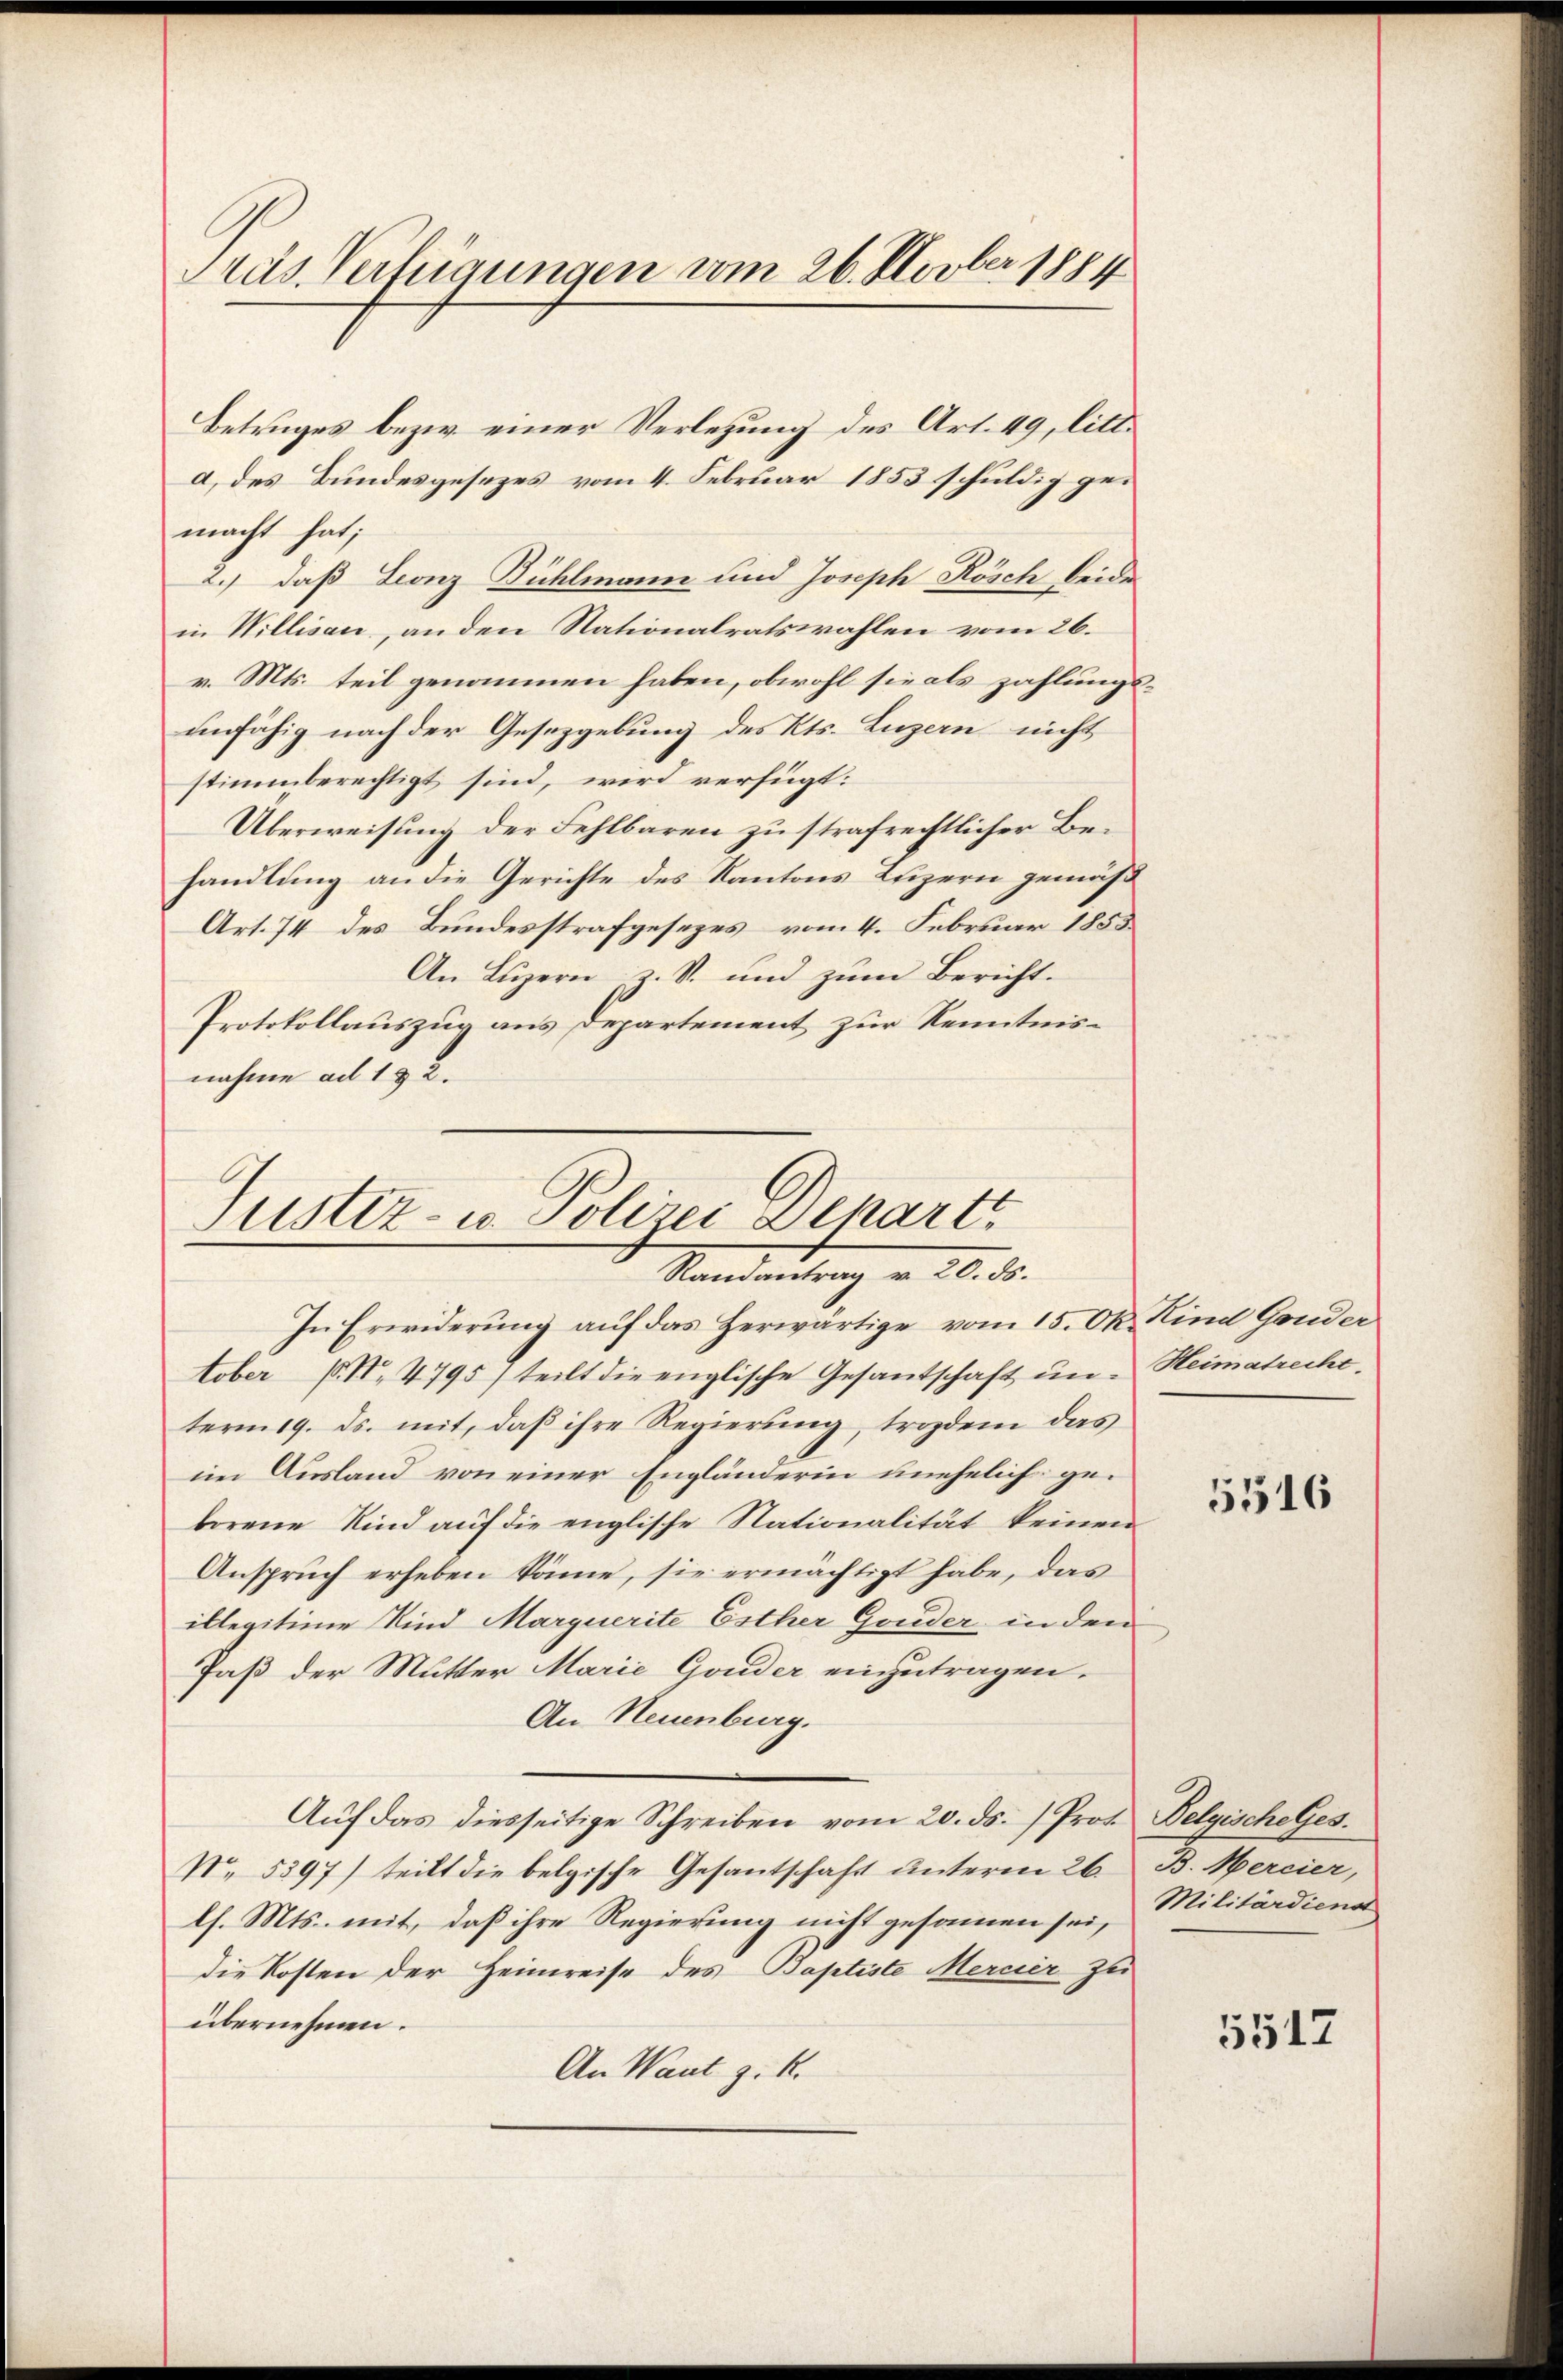
Präs. Verfügungen vom 26. Novber 1884

a) des Bundesgesezes vom 4. Februar 1853 schuldig gemacht hat;
2.) daß Leonz Bühlmann und Joseph Rösch beide
in Willisau, an den Nationalratswahlen vom 26.
v. Mts. teil genommen haben, obwohl sie als zahlungsunfähig nach der Gesetzgebung des Kts. Luzern nicht
stimmberechtigt sind, wird verfügt:
Überweisung der Fehlbaren zu strafrechtlicher Behandlung an die Gerichte des Kantons Luzern gemäß
Art. 74 des Bundesstrafgesezes vom 4. Februar 1855
An Luzern z. S. und zum Bericht.
Protokollauszug aus Departement zur Kenntnisnahme ad 132.

Betruges bezw. einer Verlegung des Art. 49, litt.

Justiz- u. Polizei Denart
Randantrag v. 20. ds.

In Erwiderung auf das Herwärtige vom 15. Okt. Kind Guder
tober No 4795) teilt die englische Gesantschaft un- Heimatreche.
tern 19. ds. mit, daß ihre Regierung, trozdem das
im Ausland von einer Engländerin unehelich geborene Kind auf die englische Nationalität keinen
Anspruch erheben Sönne, sie ermächtigt habe, das
illegitime Kind Marquerite Esther Gruder in den
Paß der Mutter Marie Gonder einzutragen.
An Neuenburg.
Auf das diesseitige Schreiben vom 20. ds. Prof. Belgische Ges.
No. 5397) teilt die belgische Gesantschaft unterm 26. B. Mercier,
lh. Mts. mit, daß ihre Regierung nicht gesammen sei,
die Kosten der Heimreise des Baptiste Mercier zu
übernehmen.
An Want z. B.

5516

Militärdienst

5517